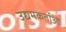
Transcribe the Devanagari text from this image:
उद्यमकर्ताओं